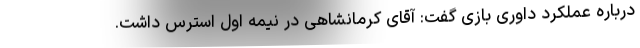
درباره عملکرد داوری بازی گفت: آقای کرمانشاهی در نیمه اول استرس داشت.